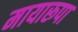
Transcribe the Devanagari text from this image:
मायारूपा